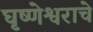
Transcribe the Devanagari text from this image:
घृष्णेश्वराचे